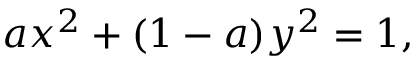
a x ^ { 2 } + ( 1 - a ) y ^ { 2 } = 1 ,